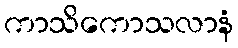
ကာသိကောသလာနံ